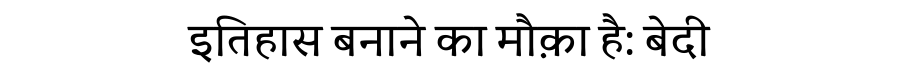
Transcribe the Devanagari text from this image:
इतिहास बनाने का मौक़ा है: बेदी